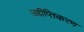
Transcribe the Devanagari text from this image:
उद्दीप्तिकरण